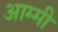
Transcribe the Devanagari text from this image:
आम्मी